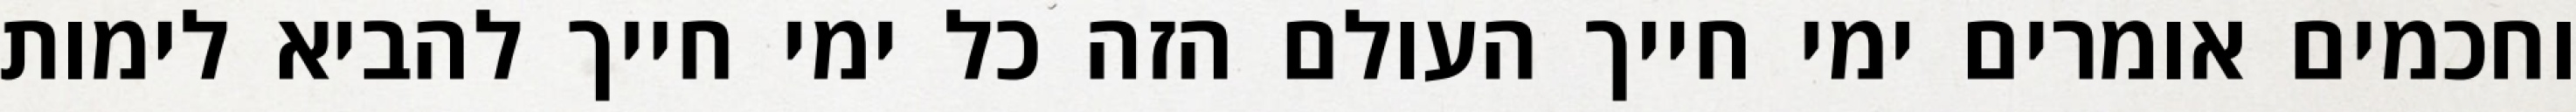
וחכמים אומרים ימי חייך העולם הזה כל ימי חייך להביא לימות